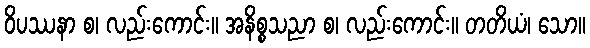
ဝိပဿနာ စ၊ လည်းကောင်း။ အနိစ္စသညာ စ၊ လည်းကောင်း။ တတိယံ၊ သော။